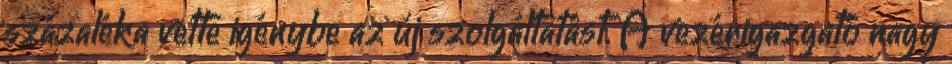
százaléka vette igénybe az új szolgáltatást. A vezérigazgató nagy